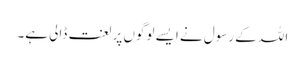
اللہ کے رسول نے ایسے لوگوں پر لعنت ڈالی ہے۔